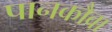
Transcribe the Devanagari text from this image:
पानकौवा